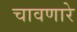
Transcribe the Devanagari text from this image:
चावणारे